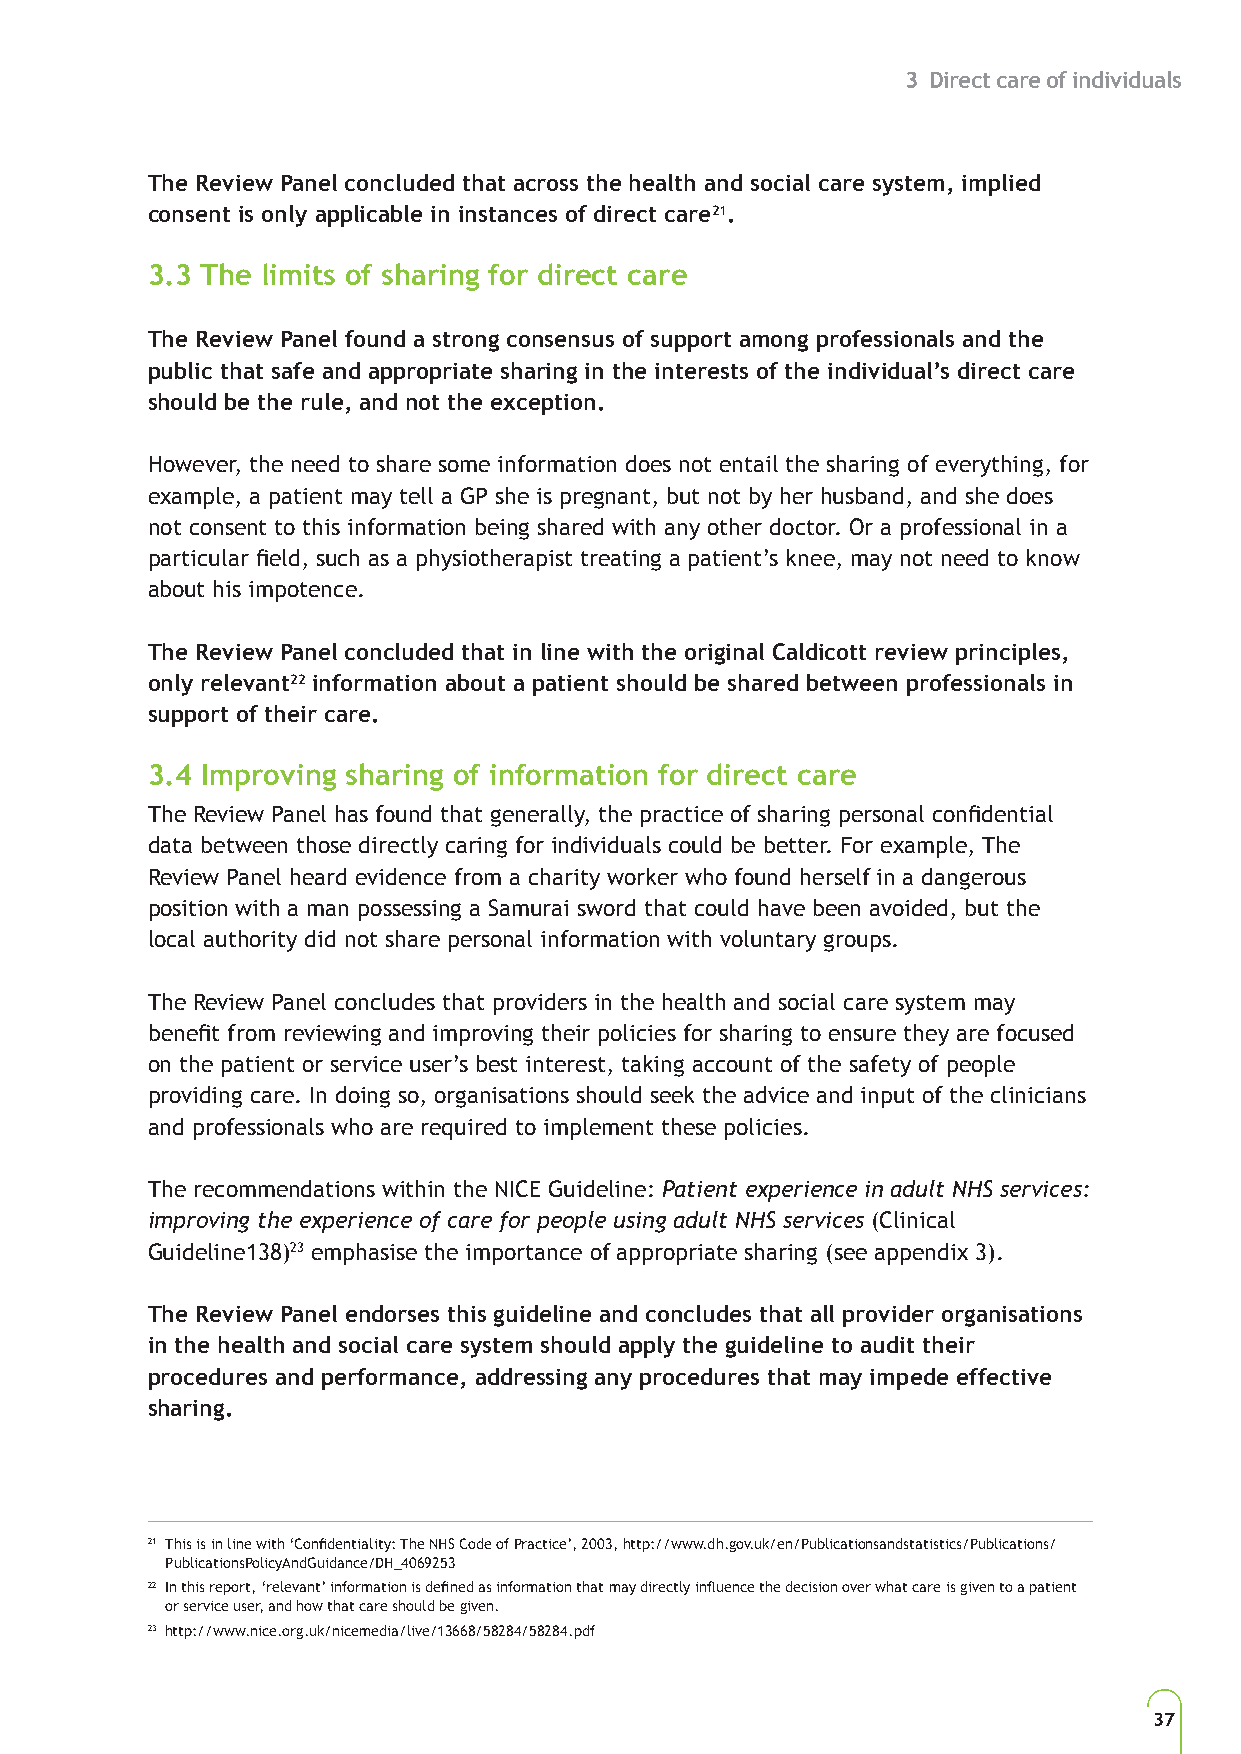
3 Direct care of individuals
 The Review Panel concluded that across the health and social care system, implied
 consent is only applicable in instances of direct care21.
 3.3 The limits of sharing for direct care
 The Review Panel found a strong consensus of support among professionals and the
 public that safe and appropriate sharing in the interests of the individual’s direct care
 should be the rule, and not the exception.
 However, the need to share some information does not entail the sharing of everything, for
 example, a patient may tell a GP she is pregnant, but not by her husband, and she does
 not consent to this information being shared with any other doctor. Or a professional in a
 particular field, such as a physiotherapist treating a patient’s knee, may not need to know
 about his impotence.
 The Review Panel concluded that in line with the original Caldicott review principles,
 only relevant22 information about a patient should be shared between professionals in
 support of their care.
 3.4 Improving sharing of information for direct care
 The Review Panel has found that generally, the practice of sharing personal confidential
 data between those directly caring for individuals could be better. For example, The
 Review Panel heard evidence from a charity worker who found herself in a dangerous
 position with a man possessing a Samurai sword that could have been avoided, but the
 local authority did not share personal information with voluntary groups.
 The Review Panel concludes that providers in the health and social care system may
 benefit from reviewing and improving their policies for sharing to ensure they are focused
 on the patient or service user’s best interest, taking account of the safety of people
 providing care. In doing so, organisations should seek the advice and input of the clinicians
 and professionals who are required to implement these policies.
 The recommendations within the NICE Guideline: Patient experience in adult NHS services:
 improving the experience of care for people using adult NHS services (Clinical
 Guideline138)23 emphasise the importance of appropriate sharing (see appendix 3).
 The Review Panel endorses this guideline and concludes that all provider organisations
 in the health and social care system should apply the guideline to audit their
 procedures and performance, addressing any procedures that may impede effective
 sharing.
 21 This is in line with ‘Confidentiality: The NHS Code of Practice’, 2003, http://www.dh.gov.uk/en/Publicationsandstatistics/Publications/
 PublicationsPolicyAndGuidance/DH_4069253
 22 In this report, ‘relevant’ information is defined as information that may directly influence the decision over what care is given to a patient
 or service user, and how that care should be given.
 23 http://www.nice.org.uk/nicemedia/live/13668/58284/58284.pdf
 37